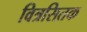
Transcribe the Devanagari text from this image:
वित्रसितक